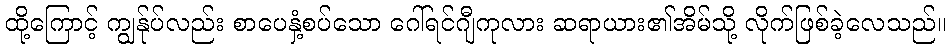
ထို့ကြောင့် ကျွန်ုပ်လည်း စာပေနှံ့စပ်သော ဂေါ်ရင်ဂျီကုလား ဆရာယား၏အိမ်သို့ လိုက်ဖြစ်ခဲ့လေသည်။